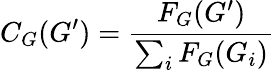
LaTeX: C_{G}(G^{\prime})={\frac{F_{G}(G^{\prime})}{\sum_{i}F_{G}(G_{i})}}